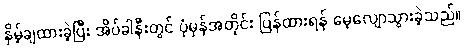
နှိမ့်ချထားခဲ့ပြီး အိပ်ခါနီးတွင် ပုံမှန်အတိုင်း ပြန်ထားရန် မေ့လျောသွားခဲ့သည်။